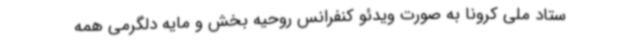
ستاد ملی کرونا به صورت ویدئو کنفرانس روحیه بخش و مایه دلگرمی همه